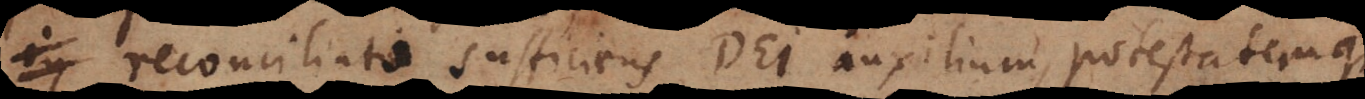
reconciliato sufficiens Dei auxilium, potestatemque